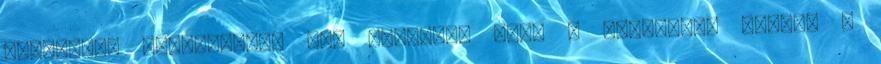
illegális migránsok”. Így emlegeti őket a hivatalos média. A